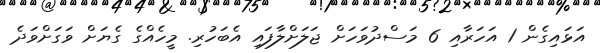
އަޅައިގެން 1 އަހަރާއި 6 މަސްދުވަހަށް ޖަލަށްލާފައި އެބަހުރި. މީހެއްގެ ގެޔަށް ވަގަށްވަދެ